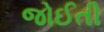
જોઈતી